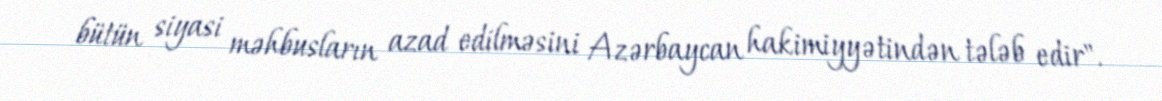
bütün siyasi məhbusların azad edilməsini Azərbaycan hakimiyyətindən tələb edir".